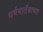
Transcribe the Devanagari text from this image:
धर्ममार्तंडाच्या